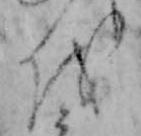
を